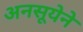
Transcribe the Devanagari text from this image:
अनसूयेने